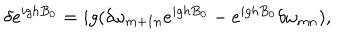
LaTeX: \delta e ^ { i g h B _ { 0 } } = i g ( \delta \omega _ { m + 1 n } e ^ { i g h B _ { 0 } } - e ^ { i g h B _ { 0 } } \delta \omega _ { m n } ) ,